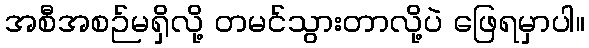
အစီအစဉ်မရှိလို့ တမင်သွားတာလို့ပဲ ဖြေရမှာပါ။